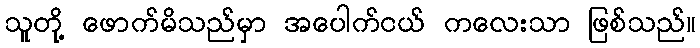
သူတို့ ဖောက်မိသည်မှာ အပေါက်ငယ် ကလေးသာ ဖြစ်သည်။